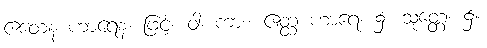
ဧတေန ဟာရေန၊ ဖြင့်။ ဝါ၊ ကား။ ဧတ္ထ ဟာရေ၊ ၌။ သုတ္တေ၊ ၌။